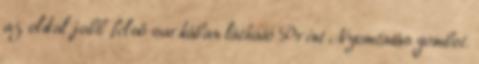
az oldal jobb felső sarkában látható Print Nyomtatás gombot.